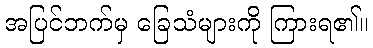
အပြင်ဘက်မှ ခြေသံများကို ကြားရ၏။